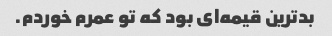
بدترین قیمه‌ای بود که تو عمرم خوردم.